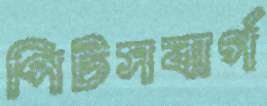
পিটসবার্গ